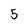
Character: 5